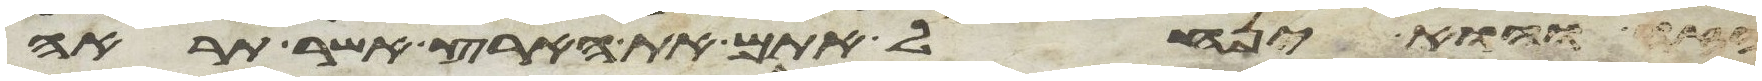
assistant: הזה והוא ינחל אתם את הארץ אשר תראה